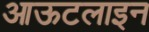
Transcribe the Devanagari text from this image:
आऊटलाइन